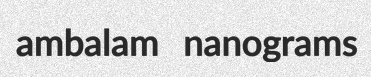
ambalam nanograms